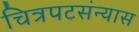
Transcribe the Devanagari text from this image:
चित्रपटसंन्यास